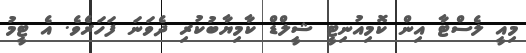
މިއީ ލެސްޓާ އިން ކޮމިއުނިޓީ ޝީލްޑް ކާމިޔާބުކުރި ދެވަނަ ފަހަރެވެ. އެ ޓީމު